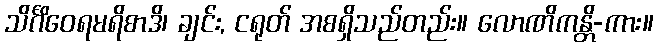
သိင်္ဂိဝေရမရိစာဒိ၊ ချင်း, ငရုတ် အစရှိသည်တည်း။ လောဏိကန္တိ-ကား။